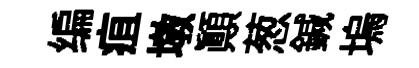
编疽墩顛葱鍼塢